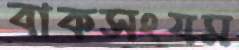
বাকসংযম